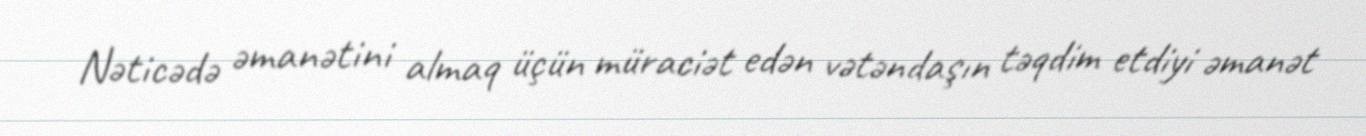
Nəticədə əmanətini almaq üçün müraciət edən vətəndaşın təqdim etdiyi əmanət